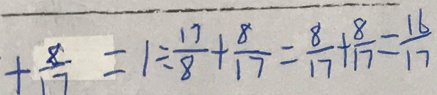
+ \frac { 8 } { 1 7 } = 1 \div \frac { 1 7 } { 8 } + \frac { 8 } { 1 7 } = \frac { 8 } { 1 7 } + \frac { 8 } { 1 7 } = \frac { 1 6 } { 1 7 }